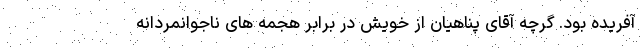
آفریده بود. گرچه آقای پناهیان از خویش در برابر هجمه های ناجوانمردانه